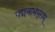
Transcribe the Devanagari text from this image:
पद्मनाभपुराम्